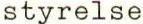
styrelse